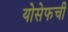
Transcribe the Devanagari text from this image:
योसेफची